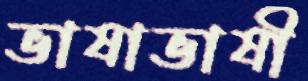
ভাষাভাষী